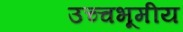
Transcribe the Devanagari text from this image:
उच्चभूमीय